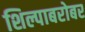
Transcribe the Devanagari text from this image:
शिल्पाबरोबर